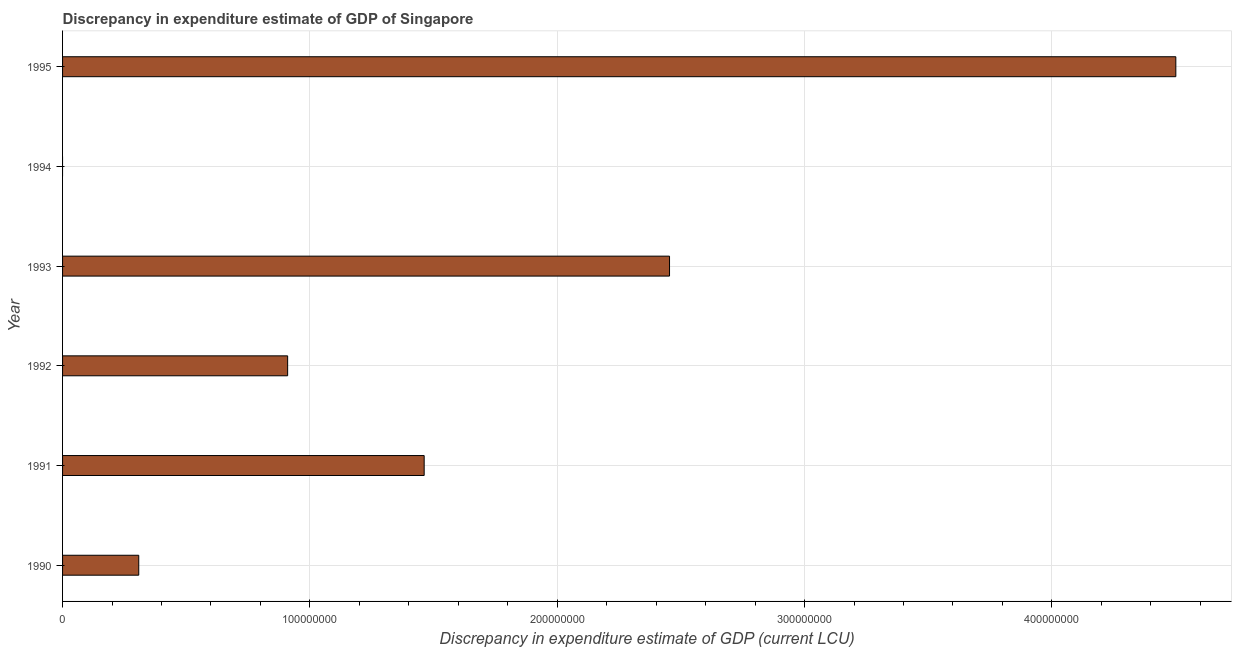
| Year | Discrepancy current LCU |
 | --- | --- |
 | 1990 | 3.08e+07 |
 | 1991 | 1.46e+08 |
 | 1992 | 9.1e+07 |
 | 1993 | 2.45e+08 |
 | 1994 | -1.95e+08 |
 | 1995 | 4.5e+08 |